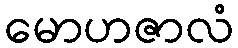
မောဟဇာလံ